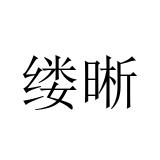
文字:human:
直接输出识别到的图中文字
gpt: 缕晰